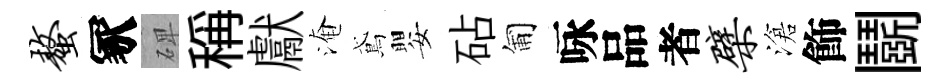
螯冢𥓓稱獻淹鳶嬰砧匍咏品者檗滄飾鬬